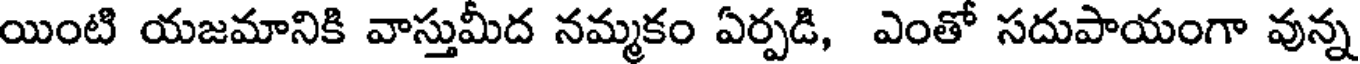
యింటి యజమానికి వాస్తుమీద నమ్మకం ఏర్పడి, ఎంతో సదుపాయంగా వున్న